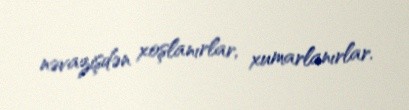
nəvazişdən xoşlanırlar, xumarlanırlar.